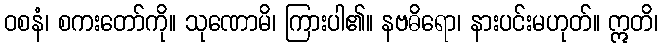
ဝစနံ၊ စကးတော်ကို။ သုဏောမိ၊ ကြားပါ၏။ နဗဓိရော၊ နားပင်းမဟုတ်။ ဣတိ၊